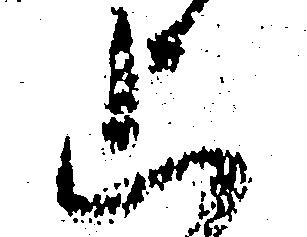
上